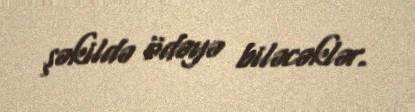
şəkildə ödəyə biləcəklər.